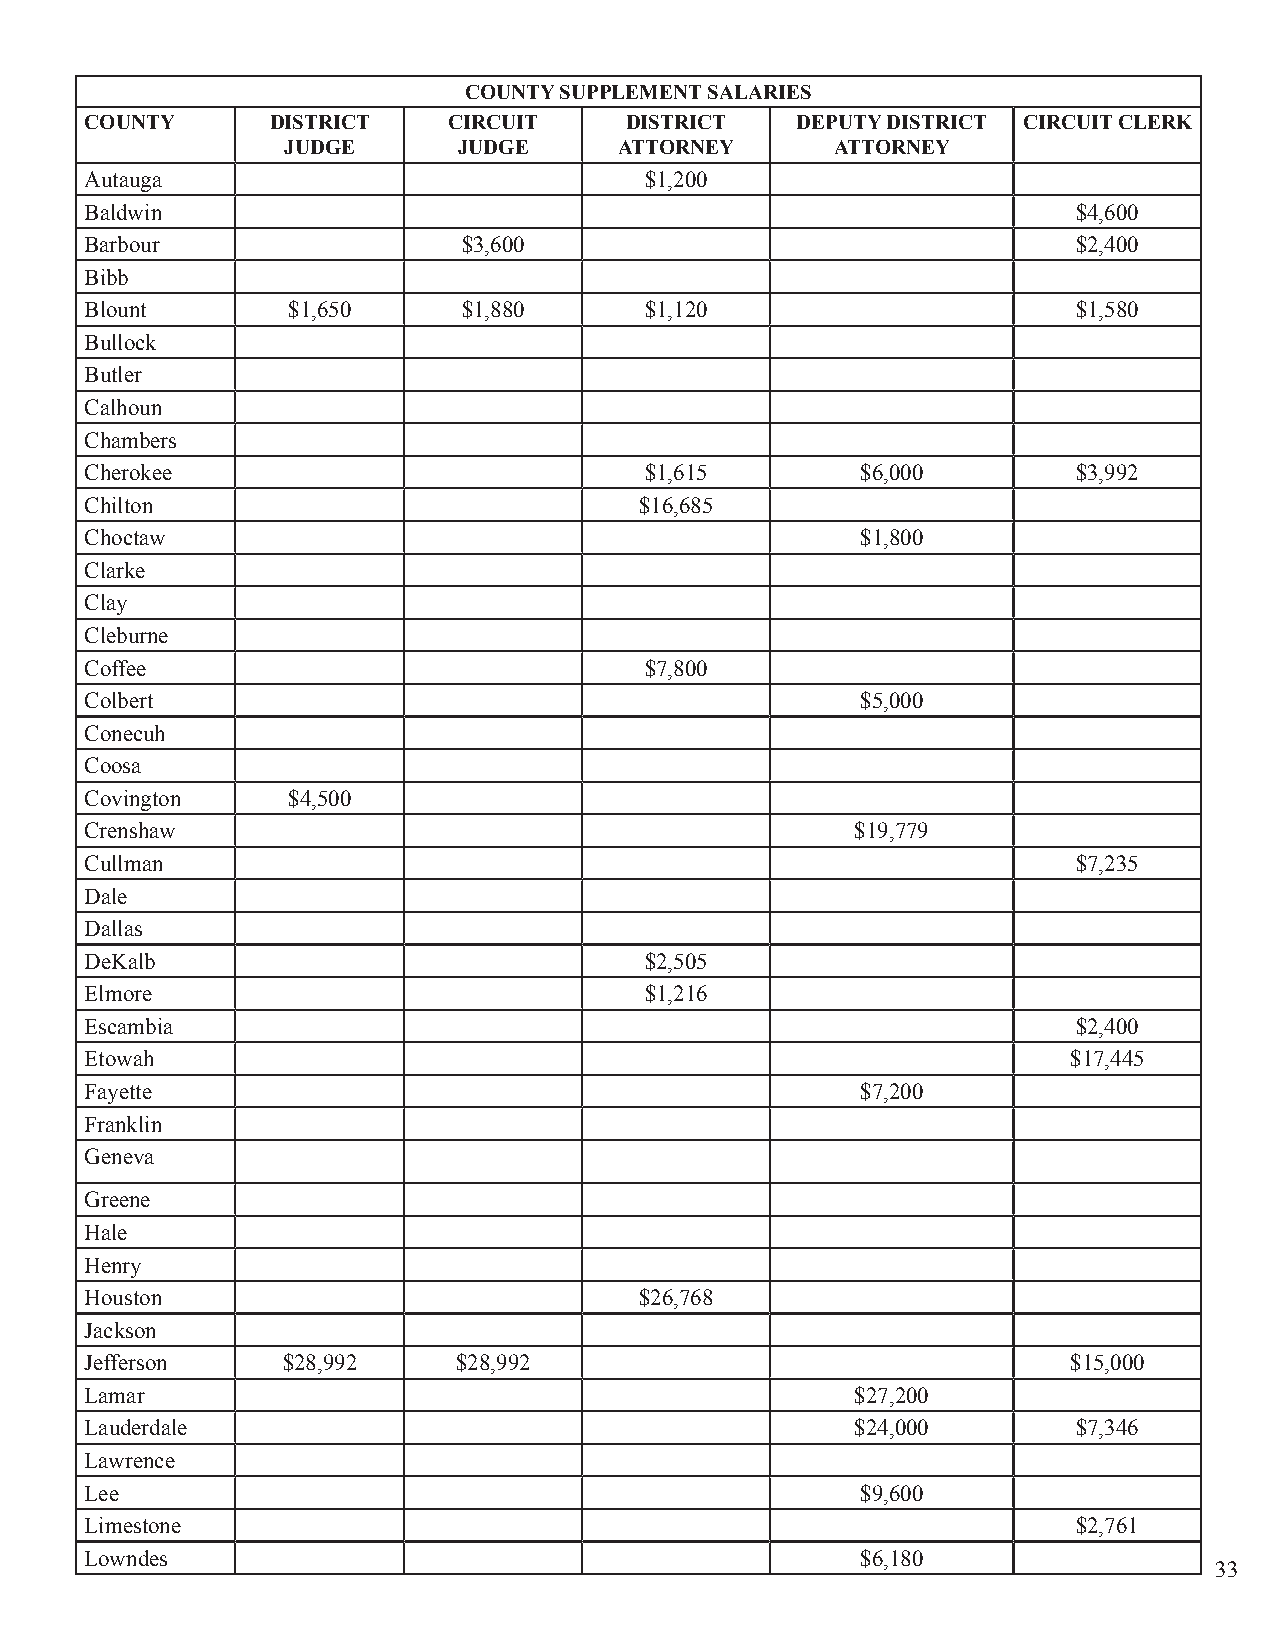
COUNTY SUPPLEMENT SALARIES
 COUNTY      DISTRICT    CIRCUIT    DISTRICT    DEPUTY DISTRICT CIRCUIT CLERK
 JUDGE      JUDGE      ATTORNEY      ATTORNEY
 Autauga                              $1,200
 Baldwin                                                          $4,600
 Barbour                  $3,600                                  $2,400
 Bibb
 Blount       $1,650      $1,880      $1,120                      $1,580
 Bullock
 Butler
 Calhoun
 Chambers
 Cherokee                             $1,615        $6,000        $3,992
 Chilton                             $16,685
 Choctaw                                            $1,800
 Clarke
 Clay
 Cleburne
 Coffee                               $7,800
 Colbert                                            $5,000
 Conecuh
 Coosa
 Covington    $4,500
 Crenshaw                                           $19,779
 Cullman                                                          $7,235
 Dale
 Dallas
 DeKalb                               $2,505
 Elmore                               $1,216
 Escambia                                                         $2,400
 Etowah                                                           $17,445
 Fayette                                            $7,200
 Franklin
 Geneva
 Greene
 Hale
 Henry
 Houston                             $26,768
 Jackson
 Jefferson    $28,992    $28,992                                  $15,000
 Lamar                                              $27,200
 Lauderdale                                         $24,000       $7,346
 Lawrence
 Lee                                                $9,600
 Limestone                                                        $2,761
 Lowndes                                            $6,180
 33